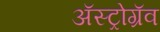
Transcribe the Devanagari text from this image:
अॅस्ट्रोग्रॅव